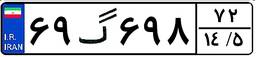
۶۹گ۶۹۸۷۲